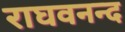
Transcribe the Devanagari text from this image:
राघवनन्द